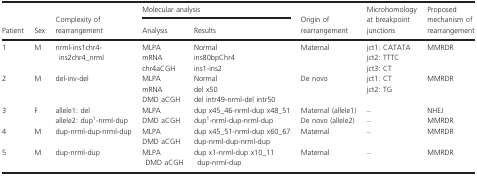
| <ROWSPAN=2> Patient | <ROWSPAN=2> Sex | <ROWSPAN=2> Complexity of rearrangement | <COLSPAN=2> Molecular analysis | <ROWSPAN=2> Origin of rearrangement | <ROWSPAN=2> Microhomology at breakpoint junctions | <ROWSPAN=2> Proposed mechanism of rearrangement |
 | Analysis | Results |
 | --- | --- | --- | --- | --- | --- | --- | --- |
 | <ROWSPAN=3> 1 | <ROWSPAN=3> M | <ROWSPAN=3> nrml-ins1chr4-ins2chr4_nrml | MLPA | Normal | <ROWSPAN=3> Maternal | jct1: CATATA | <ROWSPAN=3> MMRDR |
 | mRNA | ins80bpChr4 | jct2: TTTC |
 | chr4aCGH | ins1-ins2 | jct3: CT |
 | <ROWSPAN=3> 2 | <ROWSPAN=3> M | <ROWSPAN=3> del-inv-del | MLPA | Normal | <ROWSPAN=3> De novo | jct1: CT | <ROWSPAN=3> MMRDR |
 | mRNA | del x50 | <ROWSPAN=2> jct2: TG |
 | DMD aCGH | del intr49-nrml-del intr50 |
 | <ROWSPAN=2> 3 | <ROWSPAN=2> F | allele1: del | MLPA | dup x45_46-nrml-dup x48_51 | Maternal (allele1) | – | NHEJ |
 | allele2: dup1-nrml-dup | DMD aCGH | dup1-nrml-dup-nrml-dup | De novo (allele2) | – | MMRDR |
 | <ROWSPAN=2> 4 | <ROWSPAN=2> M | <ROWSPAN=2> dup-nrml-dup-nrml-dup | MLPA | dup x45_51-nrml-dup x60_67 | <ROWSPAN=2> Maternal | <ROWSPAN=2> – | <ROWSPAN=2> MMRDR |
 | DMD aCGH | dup-nrml-dup-nrml-dup |
 | 5 | M | dup-nrml-dup | MLPADMD aCGH | dup x1-nrml-dup x10_11dup-nrml-dup | Maternal | – | MMRDR |